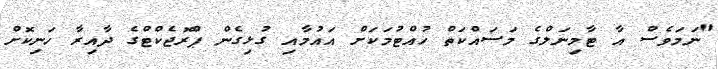
"ނަމަވެސް އާ ޓާމިނަލްގެ މަސައްކަތް ހުއްޓުމަކަށް އައުމާއި ގުޅިގެން ޕްރޮޖެކްޓްގެ ދާއިރާ ހަނިކޮށް